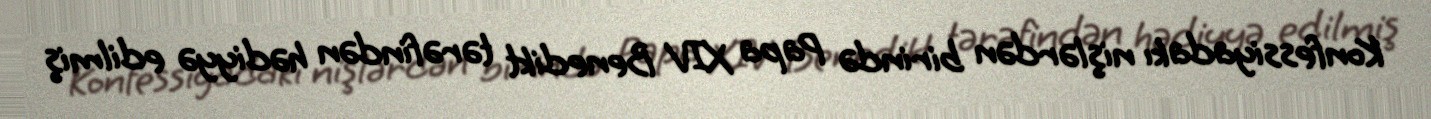
Konfessiyadakı nişlərdən birində Papa XIV Benedikt tərəfindən hədiyyə edilmiş